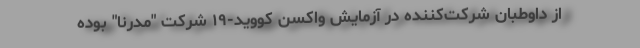
از داوطبان شرکت‌کننده در آزمایش واکسن کووید-۱۹ شرکت "مُدرنا" بوده